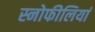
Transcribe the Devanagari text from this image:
स्नोफीलियां